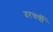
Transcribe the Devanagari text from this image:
दरचर्षी